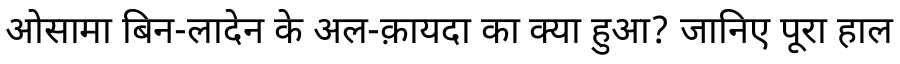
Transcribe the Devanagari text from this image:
ओसामा बिन-लादेन के अल-क़ायदा का क्या हुआ? जानिए पूरा हाल